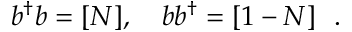
b ^ { \dag } b = [ N ] , \ \ \ b b ^ { \dag } = [ 1 - N ] \ \ .